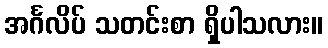
အင်္ဂလိပ် သတင်းစာ ရှိပါသလား။